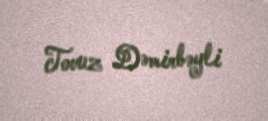
Tovuz Dəmirbəyli